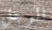
الرجل